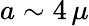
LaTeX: a\sim 4\, \mu